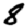
Digit: 8